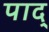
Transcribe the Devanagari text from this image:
पाद्